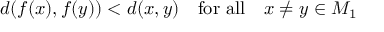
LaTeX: d ( f ( x ) , f ( y ) ) < d ( x , y ) \quad { \mathrm { f o r ~ a l l } } \quad x \neq y \in M _ { 1 }